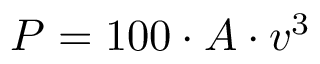
P = 1 0 0 \cdot A \cdot v ^ { 3 }